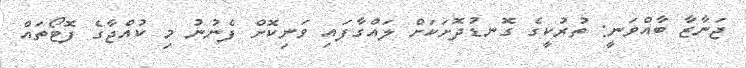
ޖަނާޒާ ބާއްވަނީ: ތުުރުކީގެ ގޮނޑުދޮށަކަށް ލައްގާފައި ވަނިކޮށް ފެނުނު މި ކުއްޖާގެ ފޮޓޯތައް